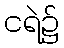
ငရဲ၌